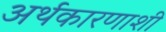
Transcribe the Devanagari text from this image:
अर्थकारणाशी